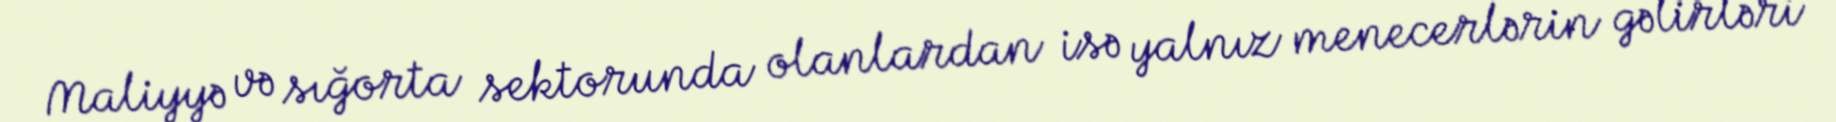
Maliyyə və sığorta sektorunda olanlardan isə yalnız menecerlərin gəlirləri